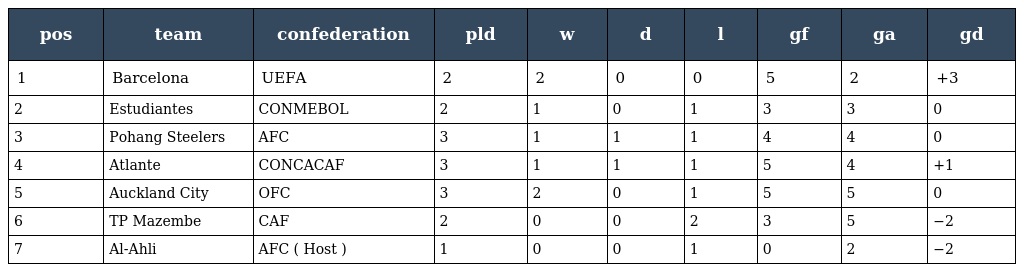
| pos | team | confederation | pld | w | d | l | gf | ga | gd |
 | --- | --- | --- | --- | --- | --- | --- | --- | --- | --- |
 | 1 | Barcelona | UEFA | 2 | 2 | 0 | 0 | 5 | 2 | +3 |
 | 2 | Estudiantes | CONMEBOL | 2 | 1 | 0 | 1 | 3 | 3 | 0 |
 | 3 | Pohang Steelers | AFC | 3 | 1 | 1 | 1 | 4 | 4 | 0 |
 | 4 | Atlante | CONCACAF | 3 | 1 | 1 | 1 | 5 | 4 | +1 |
 | 5 | Auckland City | OFC | 3 | 2 | 0 | 1 | 5 | 5 | 0 |
 | 6 | TP Mazembe | CAF | 2 | 0 | 0 | 2 | 3 | 5 | −2 |
 | 7 | Al-Ahli | AFC ( Host ) | 1 | 0 | 0 | 1 | 0 | 2 | −2 |